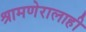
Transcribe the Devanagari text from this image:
श्रामणेरालाही